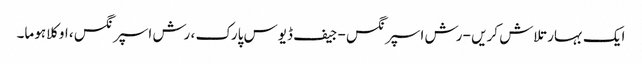
ایک بہار تلاش کریں - رش اسپرنگس - جیف ڈیوس پارک ، رش اسپرنگس ، اوکلاہوما۔